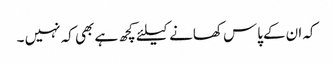
کہ ان کےپاس کھانے کیلئے کچھ ہے بھی کہ نہیں ۔